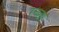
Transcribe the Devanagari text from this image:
रच्‍छा